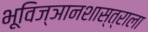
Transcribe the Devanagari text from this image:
भूविज्ञानशास्त्राला